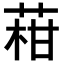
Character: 𦴑